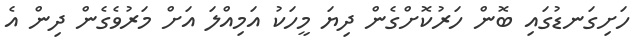
ހަށިގަނޑުގައި ބޮން ހަރުކޮށްގެން ދިޔަ މީހަކު އަމިއްލަ އަށް މަރުވެގެން ދިން އެ